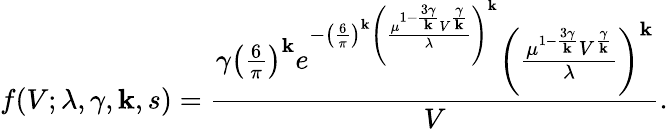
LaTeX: f(V;\lambda,\gamma,\mathbf{k},s)=\frac{{\gamma\left(\frac{{6}}{{\pi}}\right)^{\mathbf{k}}e^{-\left(\frac{{6}}{{\pi}}\right)^{\mathbf{k}}\left(\frac{{\mu^{1-\frac{{3\gamma}}{{\mathbf{k}}}}V^{\frac{{\gamma}}{{\mathbf{k}}}}}}{{\lambda}}\right)^{\mathbf{k}}}\left(\frac{{\mu^{1-\frac{{3\gamma}}{{\mathbf{k}}}}V^{\frac{{\gamma}}{{\mathbf{k}}}}}}{{\lambda}}\right)^{\mathbf{k}}}}{{V}}.